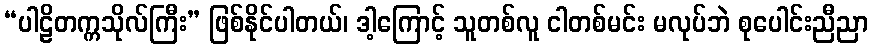
“ပါဠိတက္ကသိုလ်ကြီး” ဖြစ်နိုင်ပါတယ်၊ ဒါ့ကြောင့် သူတစ်လူ ငါတစ်မင်း မလုပ်ဘဲ စုပေါင်းညီညာ